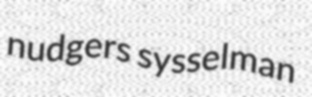
nudgers sysselman